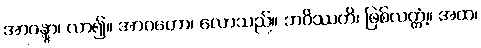
အာဂန္တွာ၊ လာ၍။ အာဂတော၊ လောသည်။ ဘဝိဿတိ၊ ဖြစ်လတ္တံ့။ အထ၊